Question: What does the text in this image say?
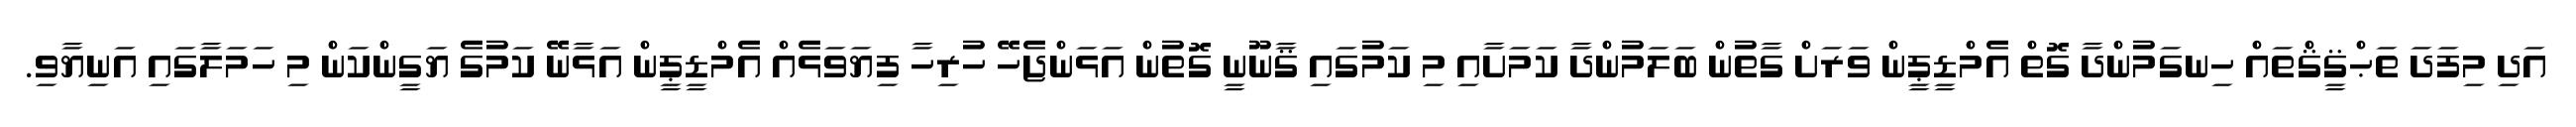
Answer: އަދި މިފަދަ ތަޙްޤީޤްތައް ހިނގަމުންދާ ގޮތް އެމްޑީޕީން ވަރަށް ގާތުން ބަލަމުންދާ ކަމަށާއި މި ކަމުގައި ޤާނޫނީ ގޮތުން އަޅަންޖެހޭ ހުރިހާ ފިޔަވަޅެއް އެމްޑީޕީން އަޅާނޭ ކަމުގެ ޔަގީންކަން މި ހަމަލާގައި އަނިޔާވި.